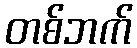
တစ်ဘက်